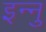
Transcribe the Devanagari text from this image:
इन्नु